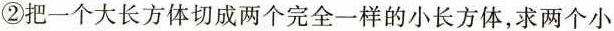
②把一个大长方体切成两个完全一样的小长方体，求两个小